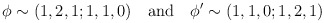
\begin{align*}\phi \sim (1,2,1;1,1,0)\quad {\rm and}\quad \phi' \sim (1,1,0;1,2,1)\end{align*}